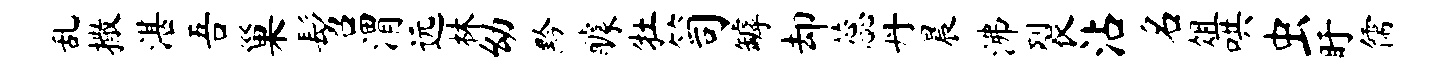
乱撒湛吾巢髫渭远林幼黔醵牡笥罅却蕊丹晨沸裂沾名俎哄虫盱儒